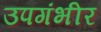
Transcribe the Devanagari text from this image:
उपगंभीर